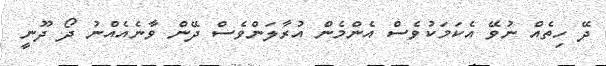
ދޭ ހިތެއް ނުވޭ އެކަމަކުވެސް އެންމެން އުރާލަންވެސް ދޭން ވާނެއެއްނު ދޯ ދޫނީ